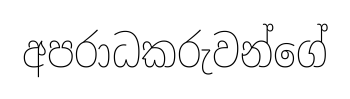
අපරාධකරුවන්ගේ